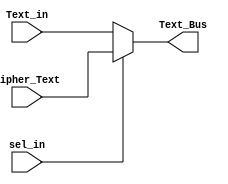
module Mux (Text_in,sel_in,Cipher_Text,Text_Bus);
    input [127:0] Text_in;
    input sel_in;
    input [127:0] Cipher_Text;
    output reg [127:0] Text_Bus;

    assign Text_Bus = sel_in ? Cipher_Text : Text_in;

endmodule